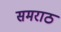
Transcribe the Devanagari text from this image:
समराठ